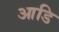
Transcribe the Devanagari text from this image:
आडि